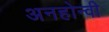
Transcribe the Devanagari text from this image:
अनहोन्‍वी